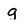
Character: g